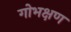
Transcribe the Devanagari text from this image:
गोभक्षण